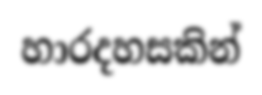
හාරදහසකින්